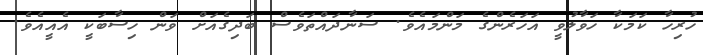
ހުރިހާ ކަމަކާ ހަވާލުވީ އަހަރެންގެ މަންމައެވެ. ސަނާދައްތަވެސް ބަދިގެއަށް ވަން ހިސާބަކީ އެއީއެވެ.